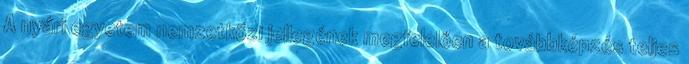
A nyári egyetem nemzetközi jellegének megfelelően a továbbképzés teljes